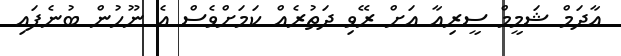
އާދަމް ޝަމީމް ސީރިއާ އަށް ރޭވި ދަތުރެއް ކަމަށްވެސް އެ ނޫހުން ބުނެފައި